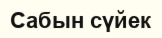
Сабын сүйек